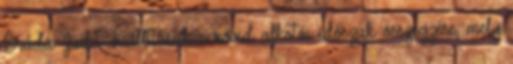
Bráda Judit. Kiállításuk e rövid alkotói időszak összegzése, mely